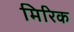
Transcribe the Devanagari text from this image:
मिरिक